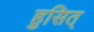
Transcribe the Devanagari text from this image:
हुसित्